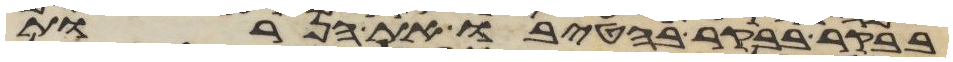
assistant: בבקר בבקר בהטיבו את הנרות